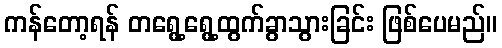
ကန်တော့ရန် တရွေ့ရွေ့ထွက်ခွာသွားခြင်း ဖြစ်ပေမည်။